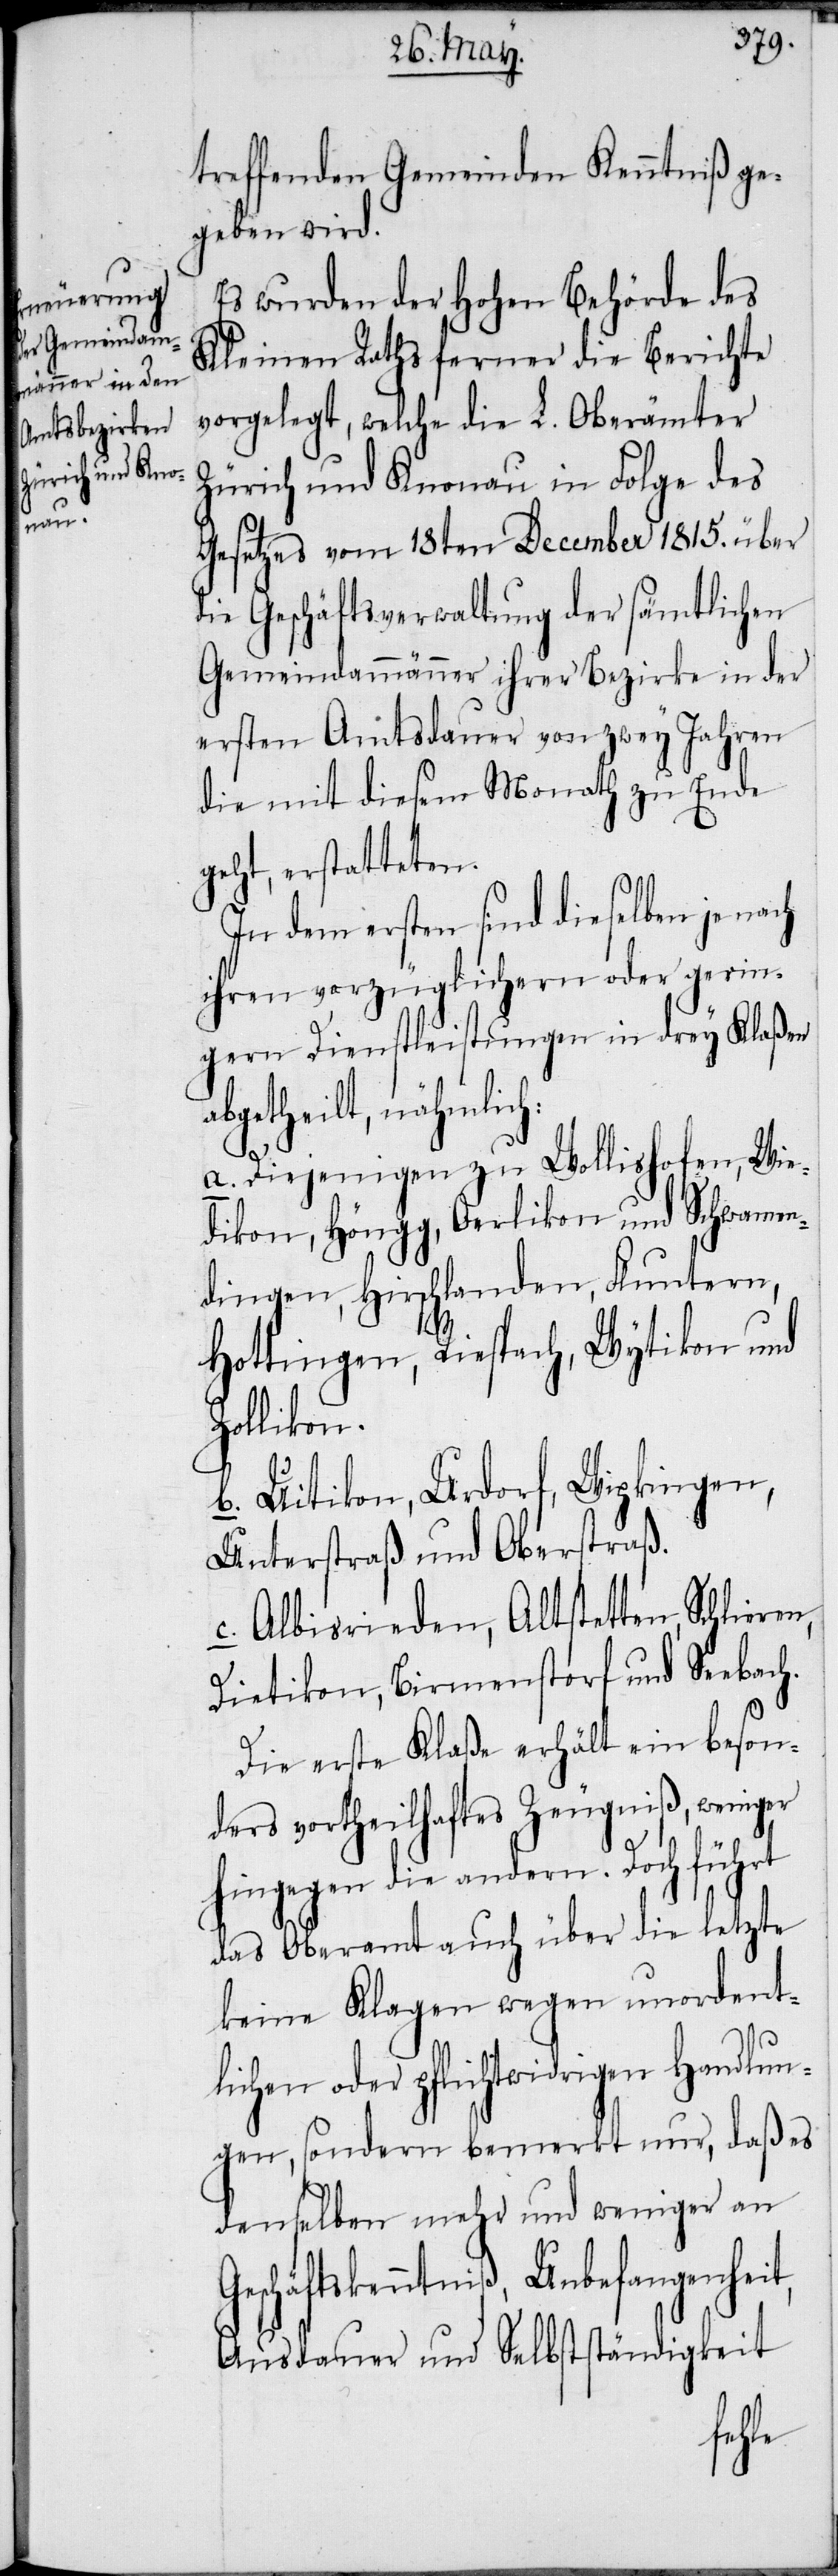
treffenden Gemeinden Kenntniß ge¬
geben wird.
Es wurden der Hohen Behörde des
Kleinen Raths ferner die Berichte
vorgelegt, welche die L. Oberämter
Zürich und Knonau in Folge des
Gesetzes vom 18ten December 1815. über
die Geschäftsverwaltung der sämtlichen
Gemeindammänner ihrer Bezirke in der
ersten Amtsdauer von zwey Jahren
die mit diesem Monath zu Ende
geht, erstatteten.
In dem ersten sind dieselben je nach
ihren vorzüglichern oder gerin¬
gern Dienstleistungen in drey Klaßen
abgetheilt, nähmlich:
a. Diejenigen zu Wollishofen, Wie¬
dikon, Höngg, Oerlikon und Schwamen¬
dingen, Hirschlanden, Fluntern,
Hottingen, Riespach, Wytikon und
Zollikon.
b. Uitikon, Urdorf, Wipkingen,
Unterstraß und Oberstraß.
c. Albisrieden, Altstetten,
Dietikon, Birmenstorf und Seebach.
Die erste Klaße erhält ein beson¬
ders vortheilhaftes Zeugniß, weniger
hingegen die andern. Doch führt
das Oberamt auch über die letzte
keine Klagen wegen unordent¬
lichen oder pflichtwidrigen Handlun¬
gen, sondern bemerkt nur, daß es
denselben mehr und weniger an
Geschäftskenntniß, Unbefangenheit,
Ausdauer und Selbstständigkeit